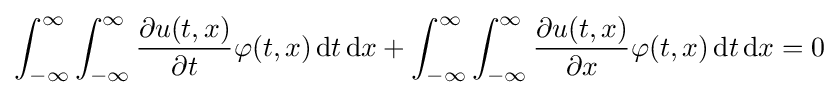
\int _{-\infty }^{\infty }\int _{-\infty }^{\infty }{\frac {\partial u(t,x)}{\partial t}}\varphi (t,x)\,\mathrm {d} t\,\mathrm {d} x+\int _{-\infty }^{\infty }\int _{-\infty }^{\infty }{\frac {\partial u(t,x)}{\partial x}}\varphi (t,x)\,\mathrm {d} t\,\mathrm {d} x=0